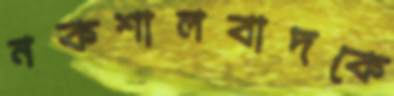
নকশালবাদকে